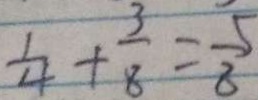
\frac { 1 } { 4 } + \frac { 3 } { 8 } = \frac { 5 } { 8 }